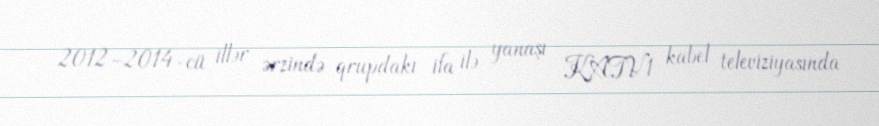
2012–2014-cü illər ərzində qrupdakı ifa ilə yanaşı KATV1 kabel televiziyasında